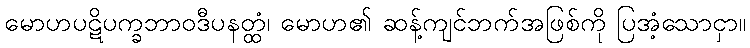
မောဟပဋိပက္ခဘာဝဒီပနတ္ထံ၊ မောဟ၏ ဆန့်ကျင်ဘက်အဖြစ်ကို ပြအံ့သောငှာ။